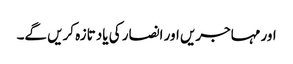
اور مہاجریں اور انصار کی یاد تازہ کریں گے۔